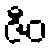
ဇီဝ